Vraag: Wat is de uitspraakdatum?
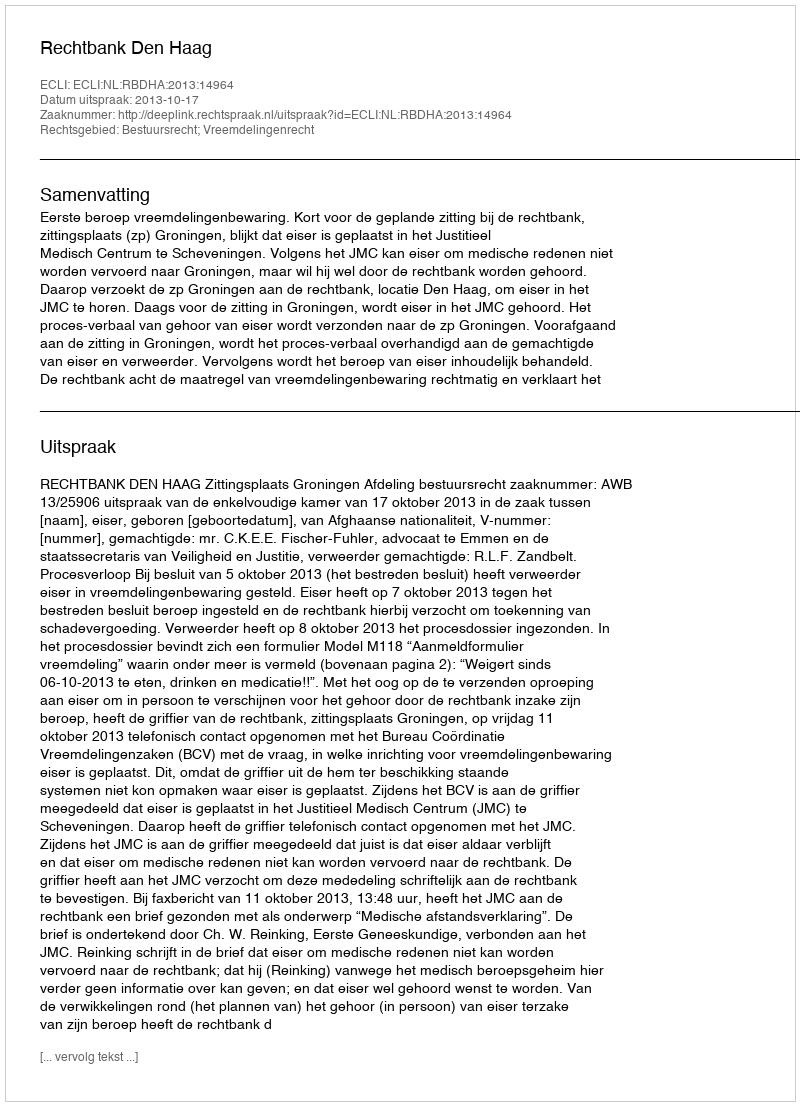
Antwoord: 2013-10-17